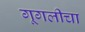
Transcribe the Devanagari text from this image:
गूगलीचा